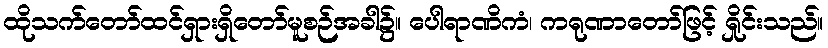
ထိုသက်တော်ထင်ရှားရှိတော်မူစဉ်အခါ၌။ ပေါရာဏိကံ၊ ကရုဏာတော်ဖြင့် ရှိုင်းသည်။